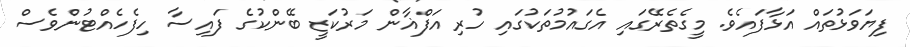
ފިޔަވަޅުތައް އަޅާފައެވެ. މީގެތެރޭގައި އެގައުމުތަކުގައި ހުރި އަފްޣާން މަރުކަޒީ ބޭންކުގެ ފައިސާ ހިފެހެއްޓުންވެސް